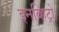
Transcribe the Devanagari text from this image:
इनव्हिट्रो